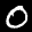
Label: 0